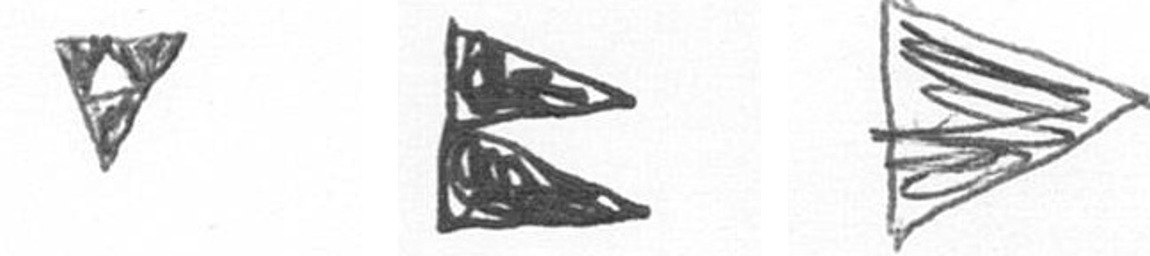
S P T